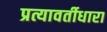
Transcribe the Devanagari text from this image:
प्रत्यावर्तीधारा